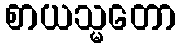
စာယသ္မတော